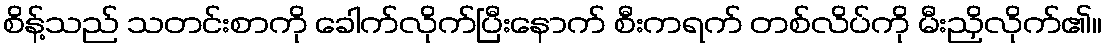
စိန့်သည် သတင်းစာကို ခေါက်လိုက်ပြီးနောက် စီးကရက် တစ်လိပ်ကို မီးညှိလိုက်၏။